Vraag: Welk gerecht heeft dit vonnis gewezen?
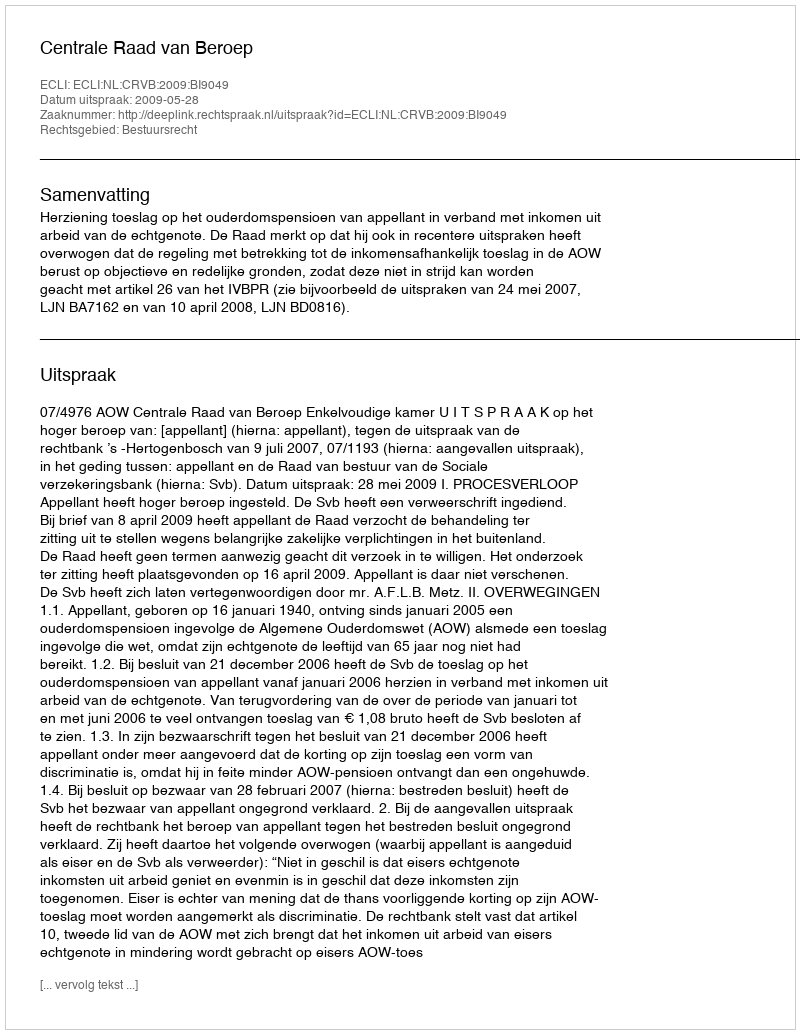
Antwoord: Centrale Raad van Beroep